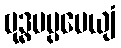
ဗုဒ္ဓမပ္ပမေယျံ